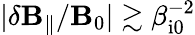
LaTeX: |\delta\mathbf{B}_{\parallel}/\mathbf{B}_{0}|\gtrsim\beta_{\mathrm{{i0}}}^{-2}